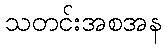
သတင်းအစအန